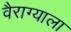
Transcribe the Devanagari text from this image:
वैराग्याला